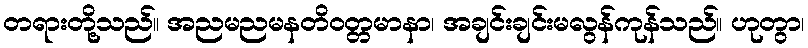
တရားတို့သည်။ အညမညမနတိဝတ္တမာနာ၊ အချင်းချင်းမလွန်ကုန်သည်။ ဟုတွာ၊